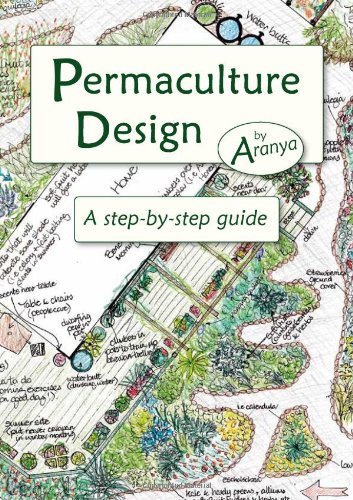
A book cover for Permaculture Design: A Step-by-Step Guide; Aranya; Science & Math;